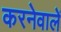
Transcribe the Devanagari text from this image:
करनेवालें